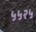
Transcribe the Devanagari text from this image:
५५२५